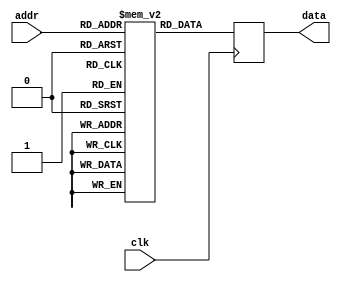
//----------------------------------------------------------------------------
//-- Memoria ROM de 32 x 4
//------------------------------------------
//-- (C) BQ. October 2015. Written by Juan Gonzalez (Obijuan)
//-- GPL license
//----------------------------------------------------------------------------
//-- Ejemplo de una memoria rom de 32 x 4. Solo estan inicializadas las 8
//-- primeras posiciones (con un valor igual a su direccion). El resto
//-- estn a 0
//----------------------------------------------------------------------------
`default_nettype none

module rom32x4 (input clk,
                input wire [4:0] addr,
                output reg [3:0] data);

  //-- Memoria
  reg [3:0] rom [0:31];

  //-- Proceso de acceso a la memoria. 
  //-- Se ha elegido flanco de bajada en este ejemplo, pero
  //-- funciona igual si es de subida
  always @(negedge clk) begin
    data <= rom[addr];
  end
    

//-- Inicializacion de la memoria. 
//-- Solo se dan valores a las 8 primeras posiciones
//-- El resto permanecera a 0
  initial begin
    rom[0] = 4'h0; 
    rom[1] = 4'h1;
    rom[2] = 4'h2;
    rom[3] = 4'h3;
    rom[4] = 4'h4; 
    rom[5] = 4'h5;
    rom[6] = 4'h6;
    rom[7] = 4'h7;
   end


endmodule